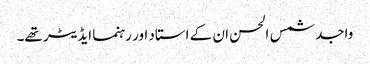
واجد شمس الحسن ان کے استاد اور رہنما ایڈیٹر تھے۔